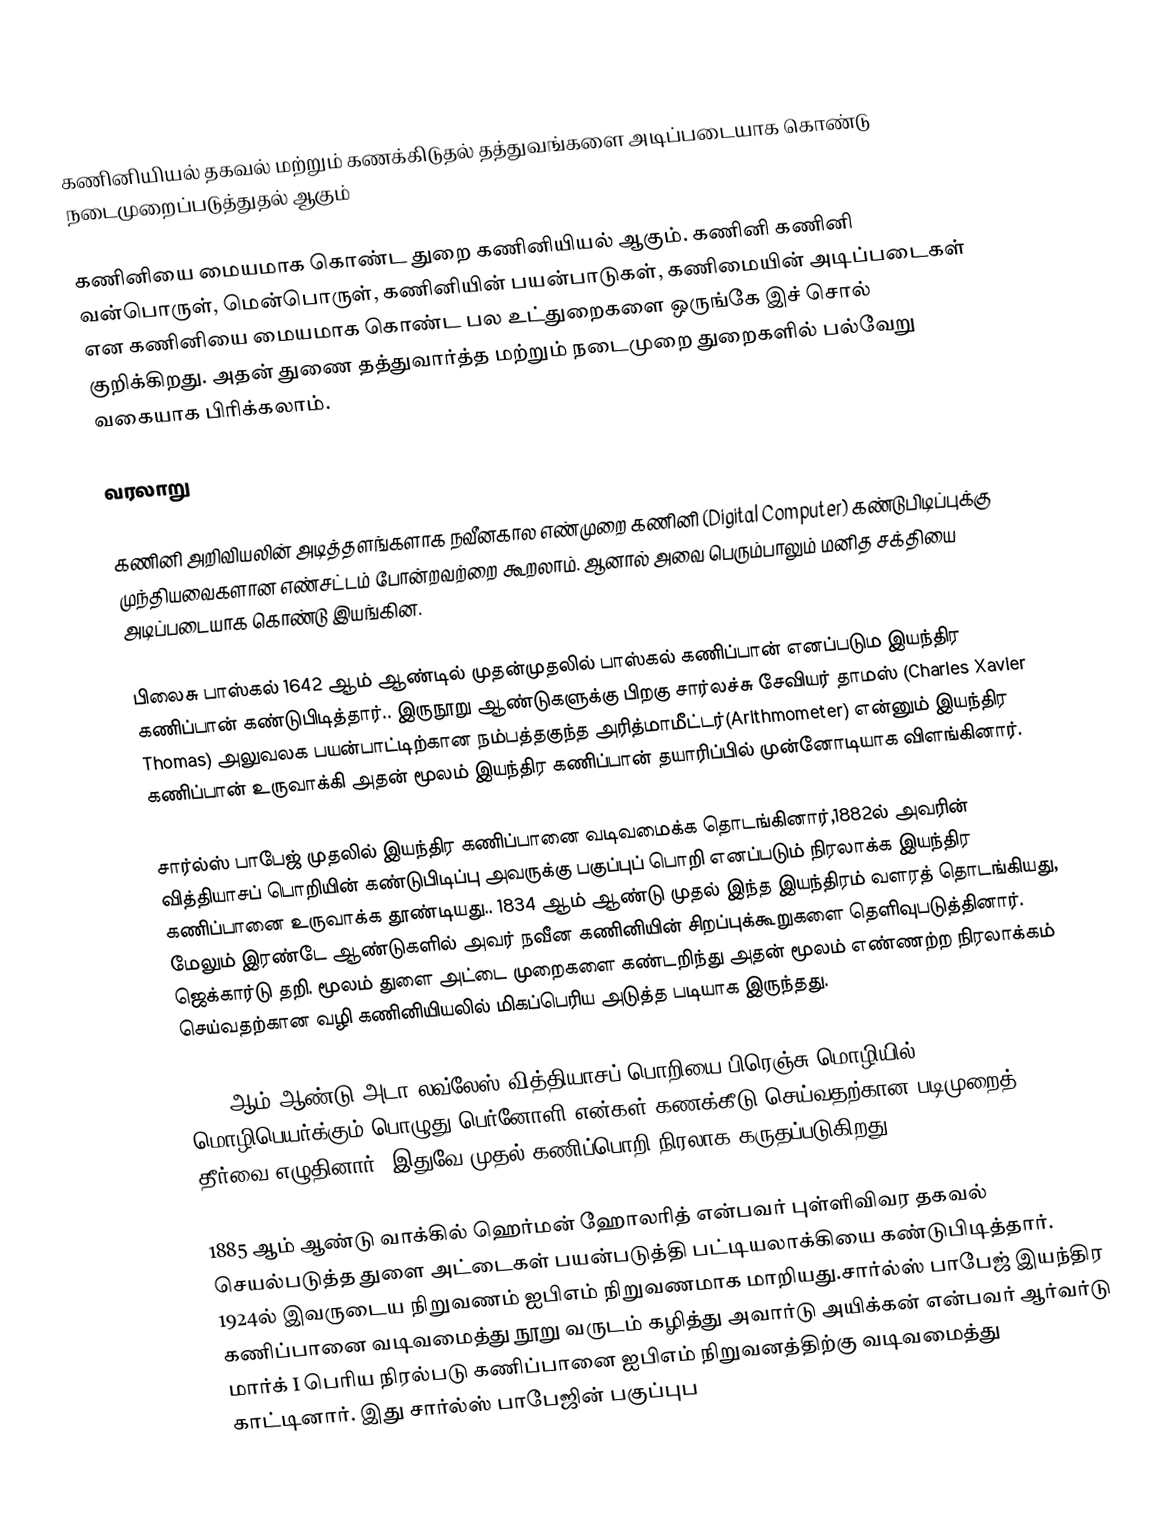
கணினியியல் தகவல் மற்றும் கணக்கிடுதல் தத்துவங்களை அடிப்படையாக கொண்டு நடைமுறைப்படுத்துதல் ஆகும்

கணினியை மையமாக கொண்ட துறை கணினியியல் ஆகும். கணினி கணினி வன்பொருள், மென்பொருள், கணினியின் பயன்பாடுகள், கணிமையின் அடிப்படைகள் என கணினியை மையமாக கொண்ட பல உட்துறைகளை ஒருங்கே இச் சொல் குறிக்கிறது. அதன் துணை தத்துவார்த்த மற்றும் நடைமுறை துறைகளில் பல்வேறு வகையாக பிரிக்கலாம்.

வரலாறு

கணினி அறிவியலின் அடித்தளங்களாக நவீனகால எண்முறை கணினி (Digital  Computer) கண்டுபிடிப்புக்கு முந்தியவைகளான எண்சட்டம் போன்றவற்றை கூறலாம். ஆனால் அவை பெரும்பாலும் மனித சக்தியை அடிப்படையாக கொண்டு இயங்கின.

பிலைசு பாஸ்கல் 1642 ஆம் ஆண்டில் முதன்முதலில் பாஸ்கல் கணிப்பான் எனப்படும இயந்திர கணிப்பான் கண்டுபிடித்தார்.. இருநூறு ஆண்டுகளுக்கு பிறகு சார்லச்சு சேவியர் தாமஸ் (Charles Xavier Thomas)  அலுவலக பயன்பாட்டிற்கான நம்பத்தகுந்த அரித்மாமீட்டர்(Arithmometer) என்னும் இயந்திர கணிப்பான் உருவாக்கி அதன் மூலம் இயந்திர கணிப்பான் தயாரிப்பில் முன்னோடியாக விளங்கினார்.

சார்ல்ஸ் பாபேஜ் முதலில் இயந்திர கணிப்பானை வடிவமைக்க தொடங்கினார்,1882ல் அவரின் வித்தியாசப் பொறியின் கண்டுபிடிப்பு அவருக்கு பகுப்புப் பொறி எனப்படும் நிரலாக்க இயந்திர கணிப்பானை உருவாக்க தூண்டியது.. 1834 ஆம் ஆண்டு முதல் இந்த இயந்திரம் வளரத் தொடங்கியது, மேலும் இரண்டே ஆண்டுகளில் அவர் நவீன கணினியின் சிறப்புக்கூறுகளை தெளிவுபடுத்தினார். ஜெக்கார்டு தறி.  மூலம் துளை அட்டை முறைகளை கண்டறிந்து அதன் மூலம் எண்ணற்ற நிரலாக்கம் செய்வதற்கான வழி கணினியியலில் மிகப்பெரிய அடுத்த படியாக இருந்தது.

1843 ஆம் ஆண்டு அடா லவ்லேஸ்  வித்தியாசப் பொறியை பிரெஞ்சு மொழியில் மொழிபெயர்க்கும் பொழுது பெர்னோளி என்கள் கணக்கீடு செய்வதற்கான படிமுறைத் தீர்வை எழுதினார். இதுவே முதல் கணிப்பொறி நிரலாக கருதப்படுகிறது.

1885 ஆம் ஆண்டு வாக்கில்  ஹெர்மன் ஹோலரித் என்பவர் புள்ளிவிவர தகவல் செயல்படுத்த துளை அட்டைகள் பயன்படுத்தி பட்டியலாக்கியை கண்டுபிடித்தார். 1924ல் இவருடைய நிறுவணம் ஐபிஎம் நிறுவணமாக மாறியது.சார்ல்ஸ் பாபேஜ் இயந்திர கணிப்பானை வடிவமைத்து நூறு வருடம் கழித்து அவார்டு அயிக்கன் என்பவர் ஆர்வர்டு மார்க் I பெரிய நிரல்படு கணிப்பானை  ஐபிஎம் நிறுவனத்திற்கு வடிவமைத்து  காட்டினார். இது சார்ல்ஸ் பாபேஜின் பகுப்புப